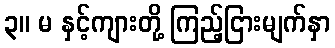
၃။ မ နှင့်ကျားတို့ ကြည့်ငြားမျက်နှာ